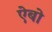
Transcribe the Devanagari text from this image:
ऐबो